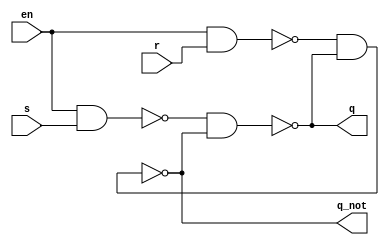
module srlatch(q, q_not, en, s, r);
    output q, q_not;
    input en, s, r;

    wire w1, w2;

    nand(w1, en, s);
    nand(w2, en, r);
    nand(q, w1, q_not);
    nand(q_not, w2, q);
endmodule

module srlatch_tb;
    reg en;
    reg [1:0] in;
    wire q, q_not;
    
    //Instantiate UUT
    srlatch UUT(q, q_not, en, in[1], in[0]);

    //stimulus block
    initial
        begin
            //set initial state of sr latch
            en = 1'b1;
            in = 2'b01;
            #10 en = 1'b0;
            repeat (3) #10 in = in + 1'b1;
            #10 en = 1'b1;
            repeat (3) #10 in = in + 1'b1;
            
        end
    initial $monitor("en = %b, s = %b, r = %b, q = %b, q_not = %b", en, in[1], in[0], q, q_not);
endmodule